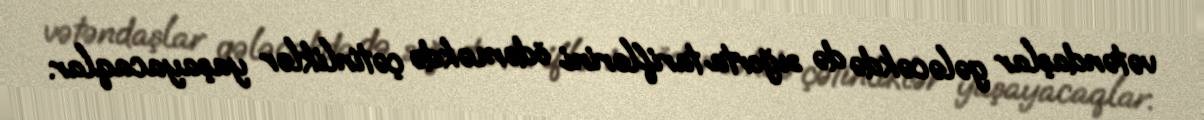
vətəndaşlar gələcəkdə də sığorta tariflərini ödəməkdə çətinliklər yaşayacaqlar.